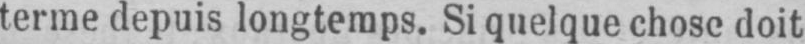
terme depuis longtemps. Si quelque chose doit